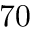
7 0